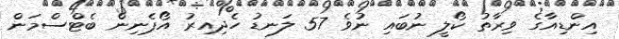
އިންޑިއާގެ ވިރާތު ކޯލީ ނުބައި ނުވެ 57 ލަނޑު ހެދިއިރު އޯޕެނިން ބެޓްސްމަން